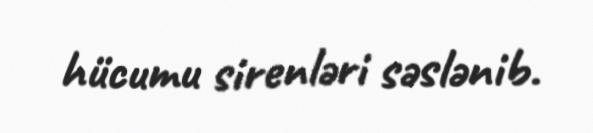
hücumu sirenləri səslənib.